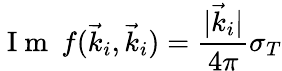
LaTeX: \mathrm{~I~m~}\: f(\vec{k}_{i},\vec{k}_{i})=\frac{|\vec{k}_{i}|}{4\pi}\sigma_{T}